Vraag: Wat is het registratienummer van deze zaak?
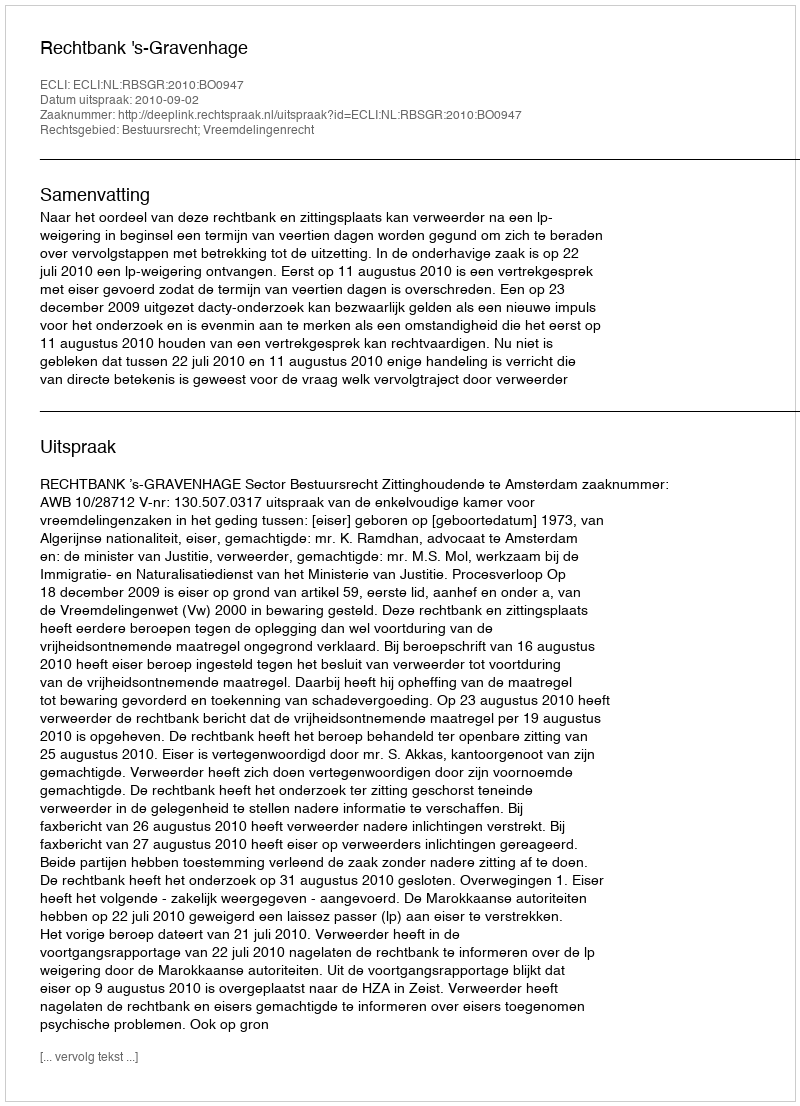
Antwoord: http://deeplink.rechtspraak.nl/uitspraak?id=ECLI:NL:RBSGR:2010:BO0947